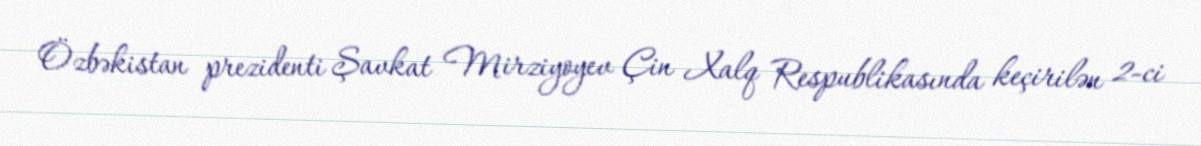
Özbəkistan prezidenti Şavkat Mirziyoyev Çin Xalq Respublikasında keçirilən 2-ci